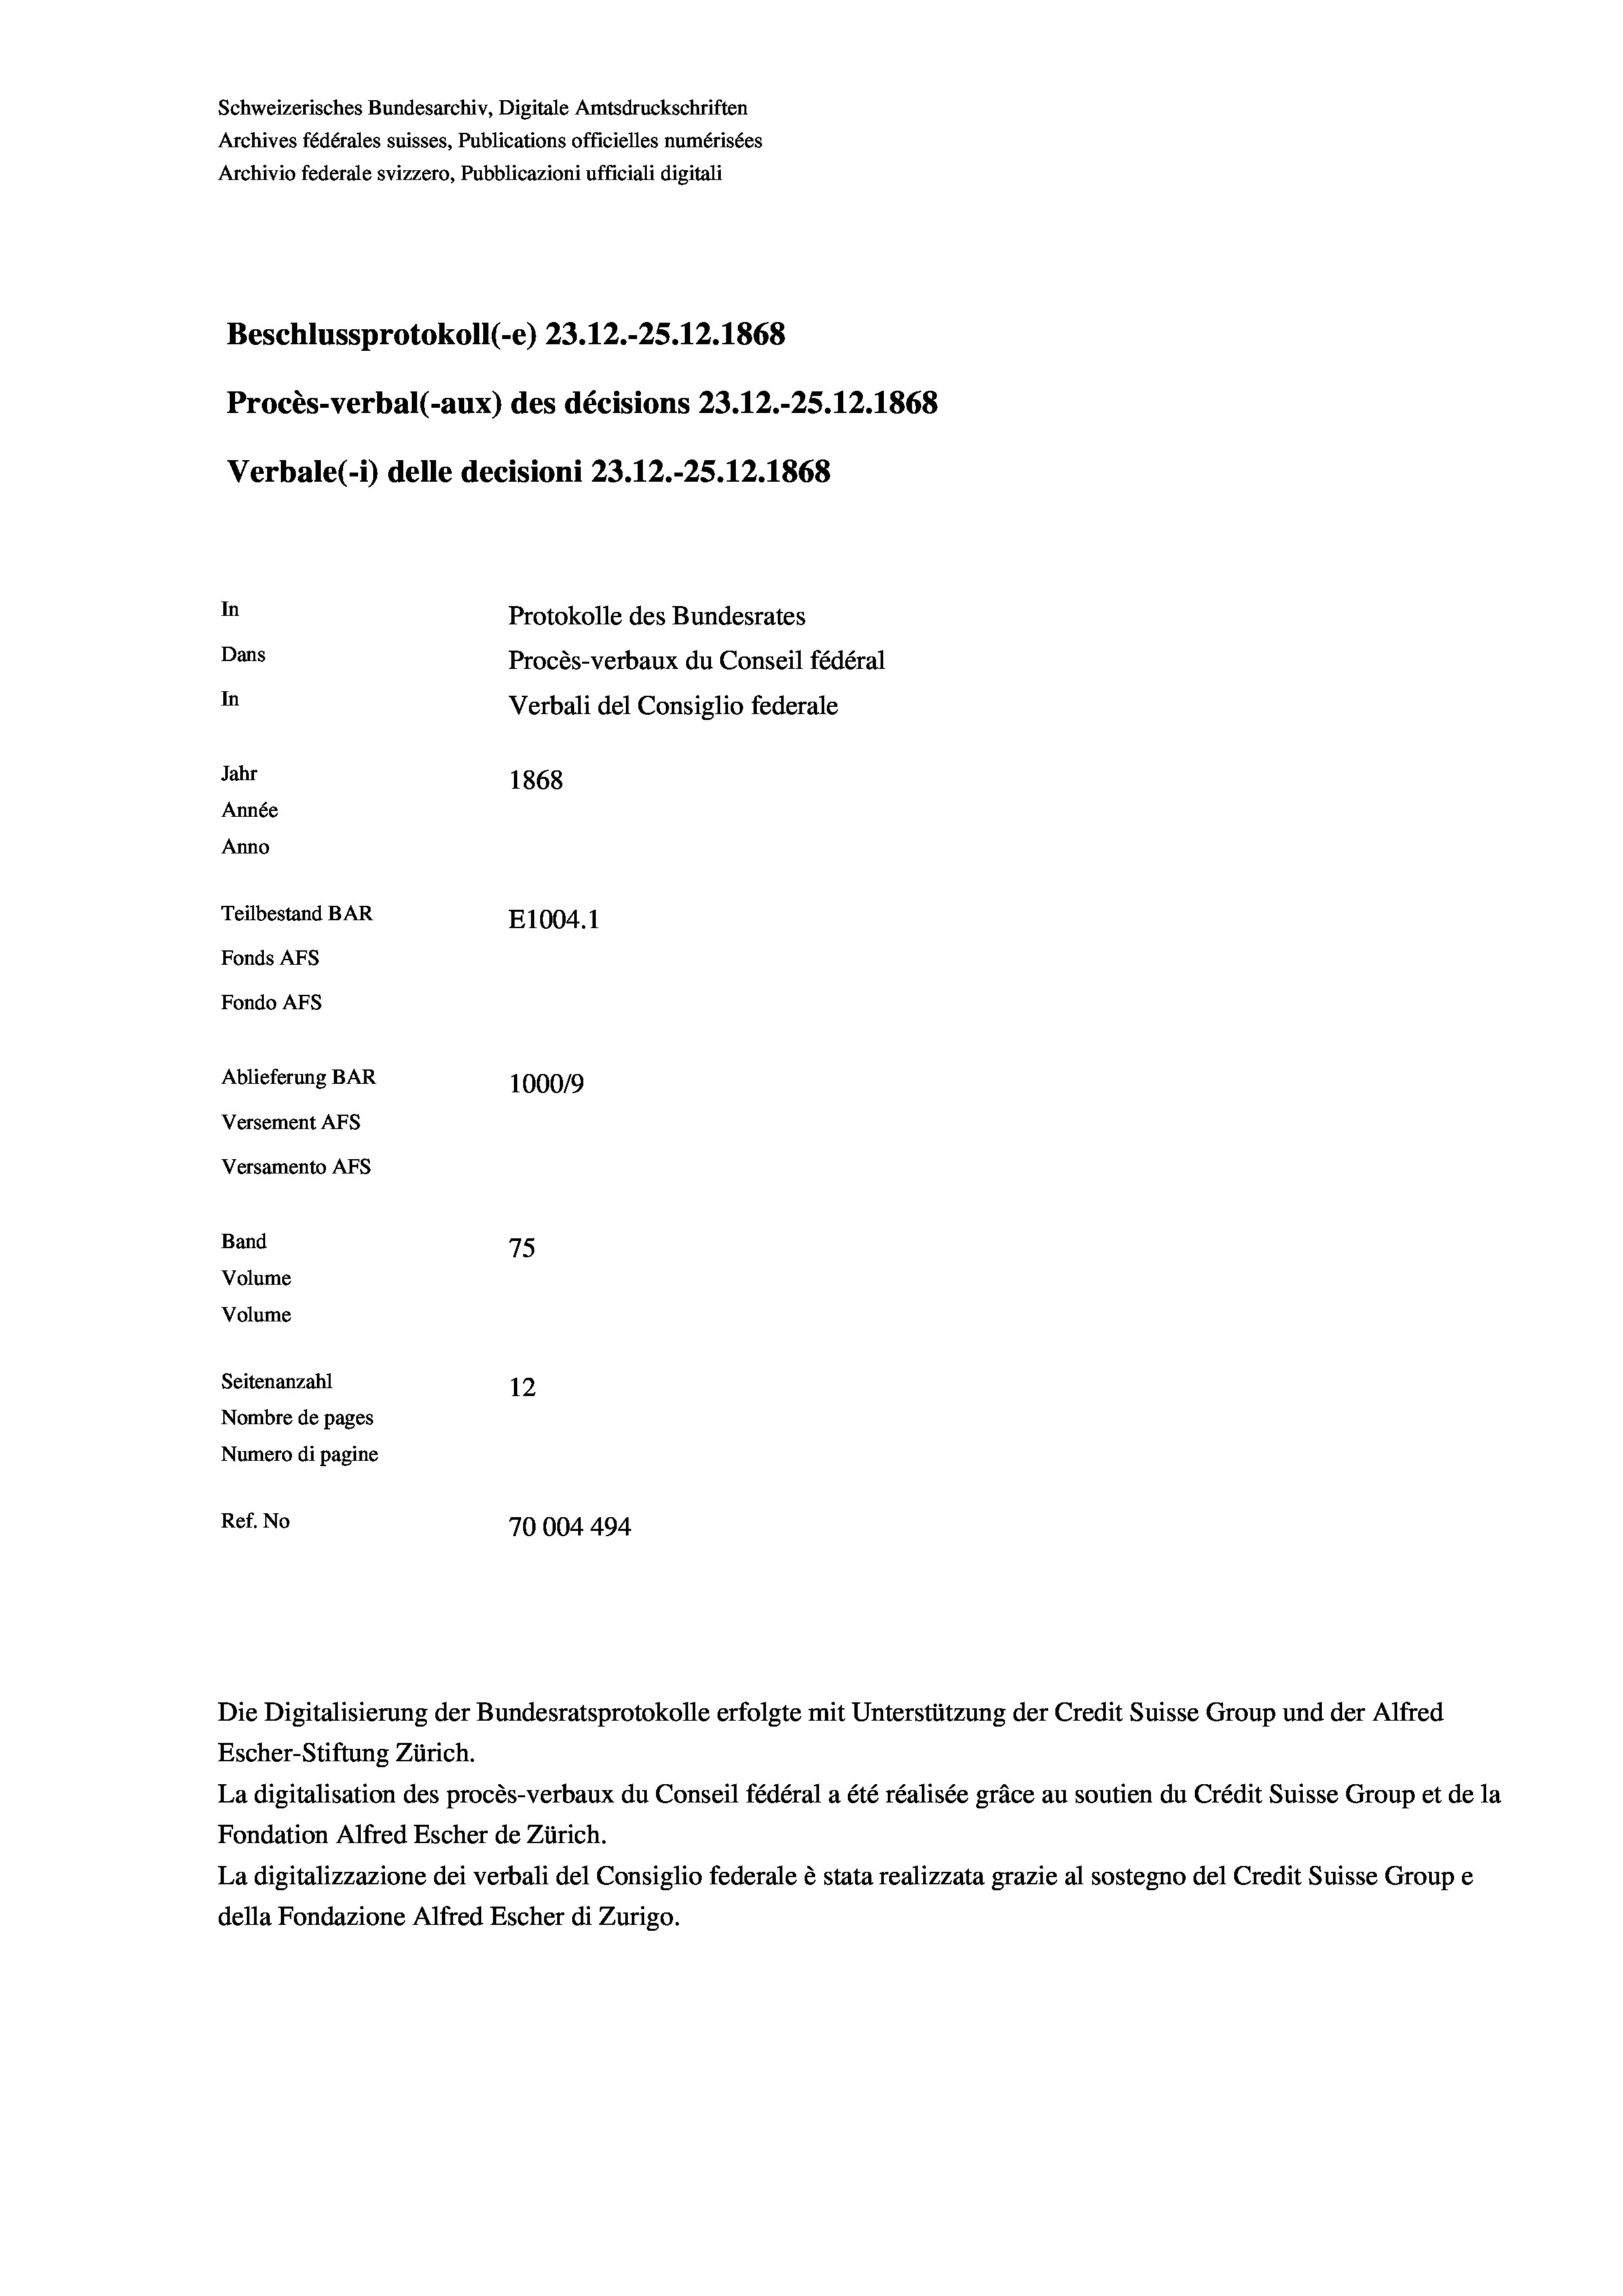
Schweizerisches Bundesarchiv, Digitale Amtsdruckschriften
Archives fédérales suisses, Publications officielles numérisées
Archivio federale svizzero, Pubblicazioni ufficiali digitali
Beschlussprotokoll (e) 23.12.-25. 12. 1868
Procès-verbal (-aux) des décisions 23.12.-25.12.1868
Verbale(-*) delle decisioni 23.12.-25.12.1868
In
Protokolle des Bundesrates
Dans
Procès-verbaux du Conseil fédéral
In
Verbali del Consiglio federale
Jahr
1868
Année
Anno
Teilbestand BAR
E1004. 1
Fonds AFs
Fondo AFS
Ablieferung BAR
100019
Versement AFs
Versamento AFs
Band
75
Volume
Volume
Seitenanzahl
12
Nombre de pages
Numero di pagine
Ref. No
70004494

Die Digitalisierung der Bundesratsprotokolle erfolgte mit Unterstützung der Credit Suisse Group und der Alfred
Escher-Stiftung Zürich.
La digitalisation des procès-verbaux du Conseil fédéral a été réalisée gräce au soutien du Crédit Suisse Group et de la
Fondation Alfred Escher de Zürich.
La digitalizzazione dei verbali del Consiglio federale è stata realizzata grazie al sostegno del Credit Suisse Groupe
della Fondazione Alfred Escher di Zurigo.